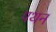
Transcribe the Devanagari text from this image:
पथन